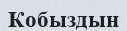
Кобыздын